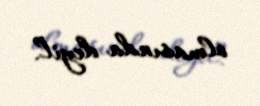
olmasında deyil.